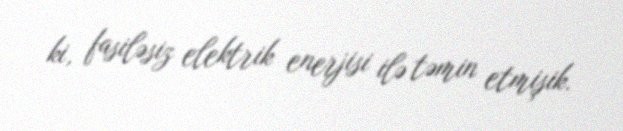
ki, fasiləsiz elektrik enerjisi ilə təmin etmişik.